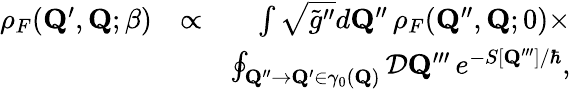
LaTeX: \begin{array}{rlr}{\rho_{F}(\mathbf{Q}^{\prime},\mathbf{Q};\beta)}&{\propto}&{\int\sqrt{\tilde{g}^{\prime\prime}}d\mathbf{Q}^{\prime\prime}\, \rho_{F}(\mathbf{Q}^{\prime\prime},\mathbf{Q};0)\times}\\ &{}&{\oint_{\mathbf{Q}^{\prime\prime}\to\mathbf{Q}^{\prime}\in\gamma_{0}(\mathbf{Q})}{\cal D}\mathbf{Q}^{\prime\prime\prime}\, e^{-S[\mathbf{Q}^{\prime\prime\prime}]/\hbar},}\end{array}